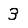
Digit: 3